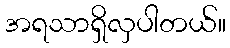
အရသာရှိလှပါတယ်။